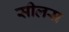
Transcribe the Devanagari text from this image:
सीलस